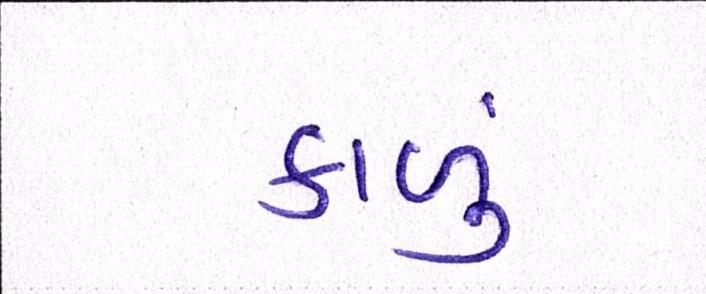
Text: કાળું